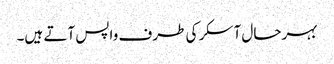
بہرحال آسکر کی طرف واپس آتے ہیں۔